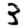
Digit: 3